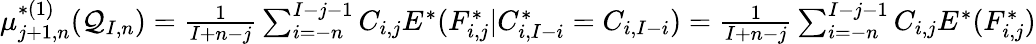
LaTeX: \begin{array}{r}{\mu_{j+1,n}^{*(1)}(\mathcal{Q}_{I,n})=\frac{1}{I+n-j}\sum_{i=-n}^{I-j-1}C_{i,j}E^{*}(F_{i,j}^{*}|C_{i,I-i}^{*}=C_{i,I-i})=\frac{1}{I+n-j}\sum_{i=-n}^{I-j-1}C_{i,j}E^{*}(F_{i,j}^{*})}\end{array}